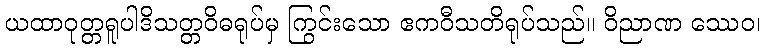
ယထာဝုတ္တရူပါဒိသတ္တဝိဓရုပ်မှ ကြွင်းသော ဧကဝီသတိရုပ်သည်။ ဝိညာဏ ဿေဝ၊